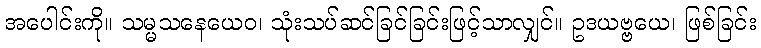
အပေါင်းကို။ သမ္မသနေယေဝ၊ သုံးသပ်ဆင်ခြင်ခြင်းဖြင့်သာလျှင်။ ဥဒယဗ္ဗယေ၊ ဖြစ်ခြင်း